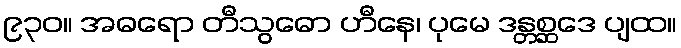
၉၃၀။ အဓရော တီသွဓော ဟီနေ၊ ပုမေ ဒန္တစ္ဆဒေ ပျထ။